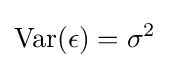
\mathrm {Var} (\epsilon )=\sigma ^{2}